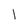
Character: l